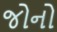
જોનો